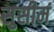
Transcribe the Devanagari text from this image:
सुसीमं